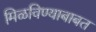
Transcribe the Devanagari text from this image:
मिळविण्याबाबत